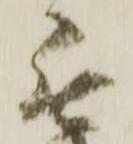
無